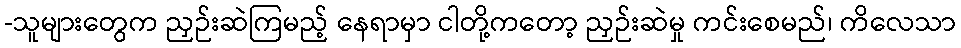
-သူများတွေက ညှဉ်းဆဲကြမည့် နေရာမှာ ငါတို့ကတော့ ညှဉ်းဆဲမှု ကင်းစေမည်၊ ကိလေသာ